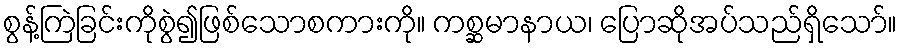
စွန့်ကြဲခြင်းကိုစွဲ၍ဖြစ်သောစကားကို။ ကစ္ဆမာနာယ၊ ပြောဆိုအပ်သည်ရှိသော်။